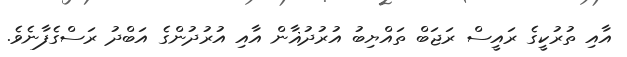
އާއި ތުރުކީގެ ރައީސް ރަޖަބް ތައްޔިބު އުރުދުޣާން އާއި އުރުދުންގެ އަބްދު ރަސްގެފާނެވެ.